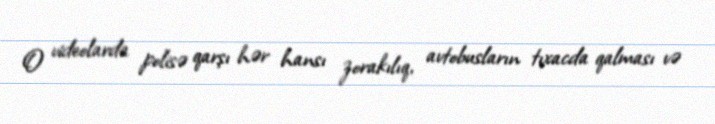
O videolarda polisə qarşı hər hansı zorakılıq, avtobusların tıxacda qalması və